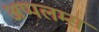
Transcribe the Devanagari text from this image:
अप्पलम्स